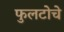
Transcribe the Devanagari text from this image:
फुलटोचे